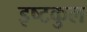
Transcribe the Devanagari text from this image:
इष्टकुल